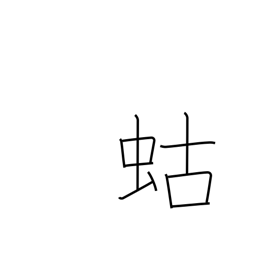
Meaning: mole cricket